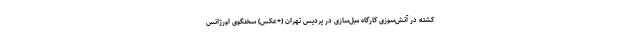
کشته در آتش‌سوزی کارگاه مبل‌سازی در پردیس تهران (+عکس) سخنگوی اورژانس